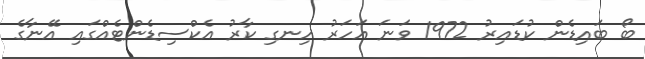
ބޯ ބައިޑެން ކުޑައިރު 1972 ވަނަ އަހަރު ހިނގި ކާރު އެކްސިޑެންޓެއްގައި އޭނާގެ